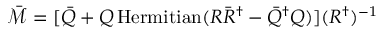
\bar { \mathcal { M } } = [ \bar { Q } + Q \operatorname { H e r m i t i a n } ( R \bar { R } ^ { \dagger } - \bar { Q } ^ { \dagger } Q ) ] ( R ^ { \dagger } ) ^ { - 1 }